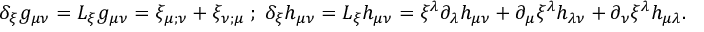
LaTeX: \delta _ { \xi } g _ { \mu \nu } = { \cal L } _ { \xi } g _ { \mu \nu } = \xi _ { \mu ; \nu } + \xi _ { \nu ; \mu } \; ; \; \delta _ { \xi } h _ { \mu \nu } = { \cal L } _ { \xi } h _ { \mu \nu } = \xi ^ { \lambda } \partial _ { \lambda } h _ { \mu \nu } + \partial _ { \mu } \xi ^ { \lambda } h _ { \lambda \nu } + \partial _ { \nu } \xi ^ { \lambda } h _ { \mu \lambda } .